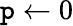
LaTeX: \mathtt{p}\leftarrow0